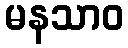
မနသာဝ